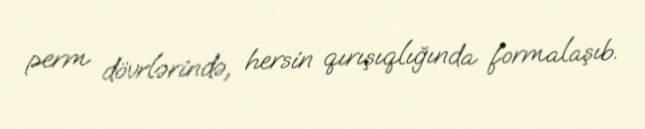
perm dövrlərində, hersin qırışıqlığında formalaşıb.